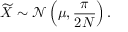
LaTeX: { \widetilde { X } } \sim { \mathcal { N } } \left( \mu , { \frac { \pi } { 2 N } } \right) .